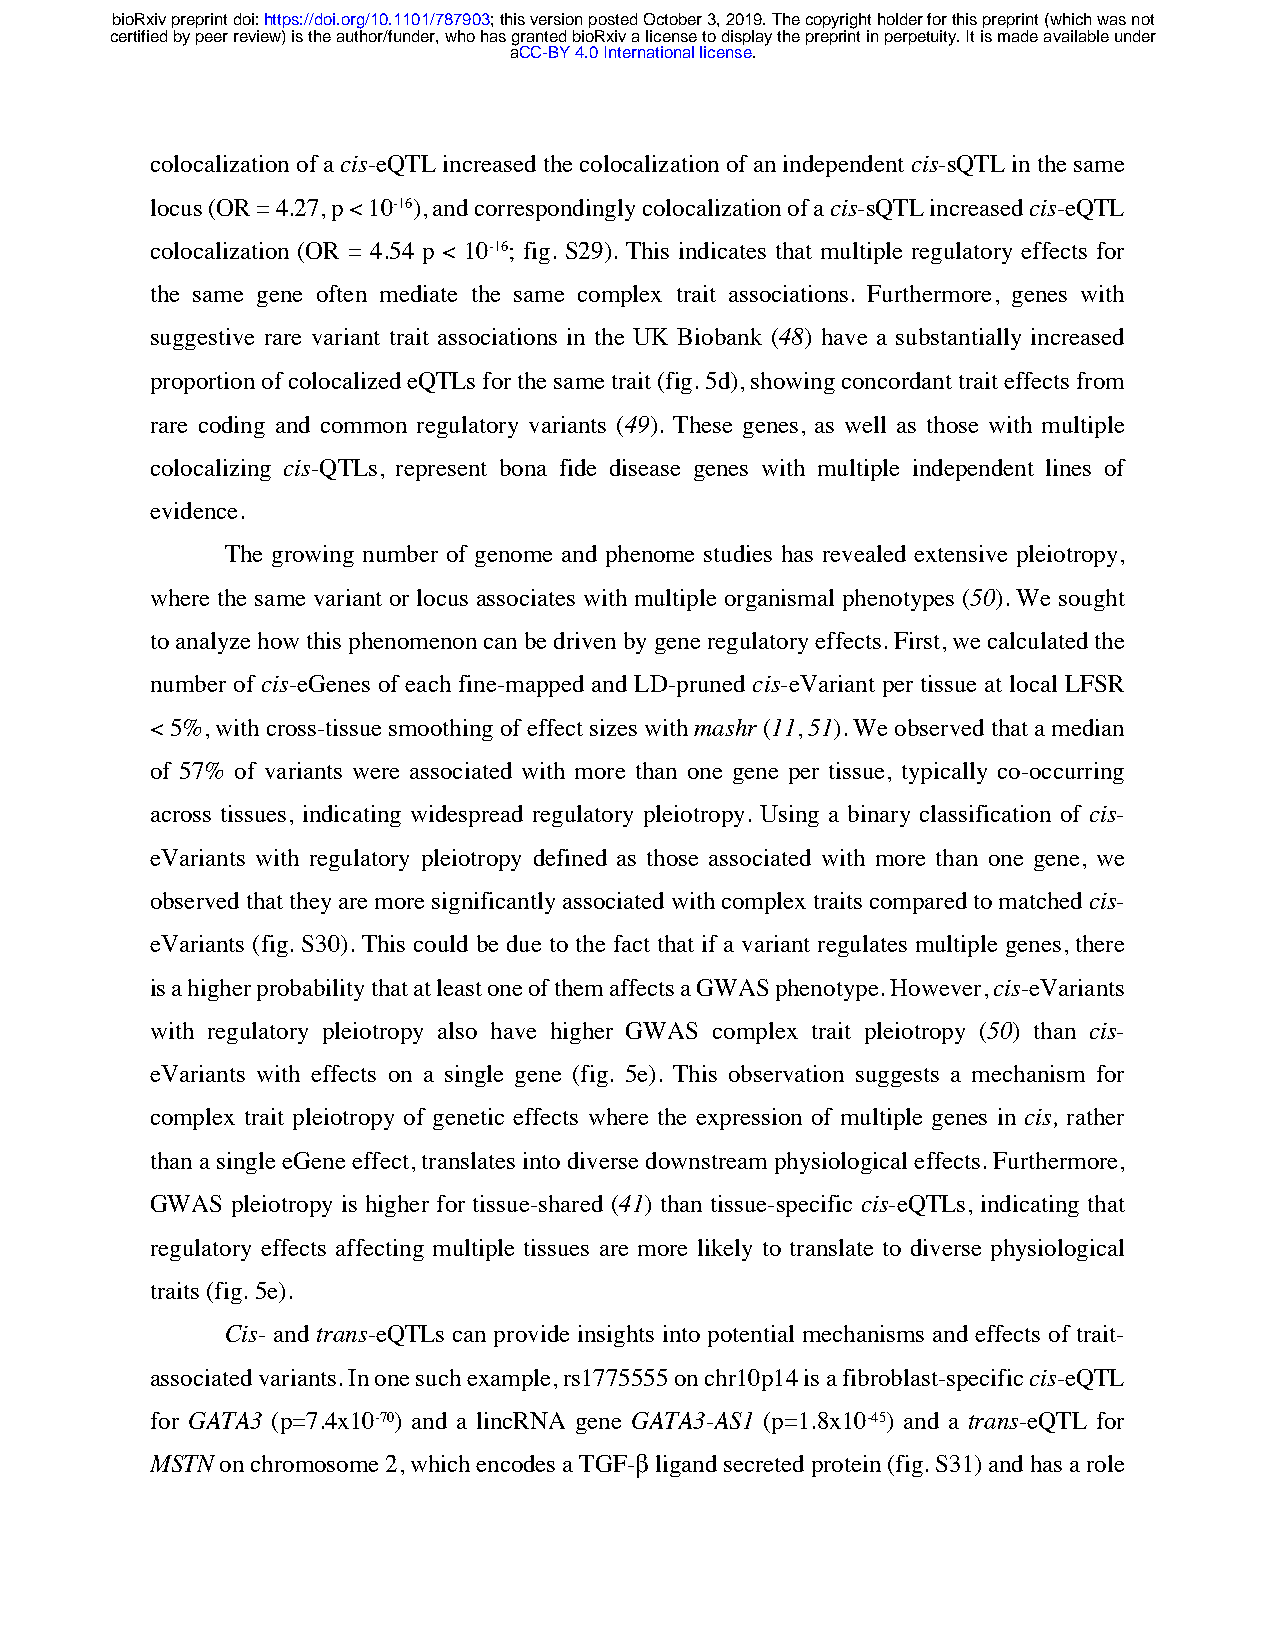
bioRxiv preprint doi: https://doi.org/10.1101/787903; this version posted October 3, 2019. The copyright holder for this preprint (which was not
 certified by peer review) is the author/funder, who has granted bioRxiv a license to display the preprint in perpetuity. It is made available under
 aCC-BY 4.0 International license.
 colocalization of a cis-eQTL increased the colocalization of an independent cis-sQTL in the same
 locus (OR = 4.27, p < 10-16), and correspondingly colocalization of a cis-sQTL increased cis-eQTL
 colocalization (OR = 4.54 p < 10-16; fig. S29). This indicates that multiple regulatory effects for
 the same gene often mediate the same complex trait associations. Furthermore, genes with
 suggestive rare variant trait associations in the UK Biobank (48) have a substantially increased
 proportion of colocalized eQTLs for the same trait (fig. 5d), showing concordant trait effects from
 rare coding and common regulatory variants (49). These genes, as well as those with multiple
 colocalizing cis-QTLs, represent bona fide disease genes with multiple independent lines of
 evidence.
 The growing number of genome and phenome studies has revealed extensive pleiotropy,
 where the same variant or locus associates with multiple organismal phenotypes (50). We sought
 to analyze how this phenomenon can be driven by gene regulatory effects. First, we calculated the
 number of cis-eGenes of each fine-mapped and LD-pruned cis-eVariant per tissue at local LFSR
 < 5%, with cross-tissue smoothing of effect sizes with mashr (11, 51). We observed that a median
 of 57% of variants were associated with more than one gene per tissue, typically co-occurring
 across tissues, indicating widespread regulatory pleiotropy. Using a binary classification of cis-
 eVariants with regulatory pleiotropy defined as those associated with more than one gene, we
 observed that they are more significantly associated with complex traits compared to matched cis-
 eVariants (fig. S30). This could be due to the fact that if a variant regulates multiple genes, there
 is a higher probability that at least one of them affects a GWAS phenotype. However, cis-eVariants
 with regulatory pleiotropy also have higher GWAS complex trait pleiotropy (50) than cis-
 eVariants with effects on a single gene (fig. 5e). This observation suggests a mechanism for
 complex trait pleiotropy of genetic effects where the expression of multiple genes in cis, rather
 than a single eGene effect, translates into diverse downstream physiological effects. Furthermore,
 GWAS pleiotropy is higher for tissue-shared (41) than tissue-specific cis-eQTLs, indicating that
 regulatory effects affecting multiple tissues are more likely to translate to diverse physiological
 traits (fig. 5e).
 Cis- and trans-eQTLs can provide insights into potential mechanisms and effects of trait-
 associated variants. In one such example, rs1775555 on chr10p14 is a fibroblast-specific cis-eQTL
 for GATA3 (p=7.4x10-70) and a lincRNA gene GATA3-AS1 (p=1.8x10-45) and a trans-eQTL for
 MSTN on chromosome 2, which encodes a TGF-β ligand secreted protein (fig. S31) and has a role